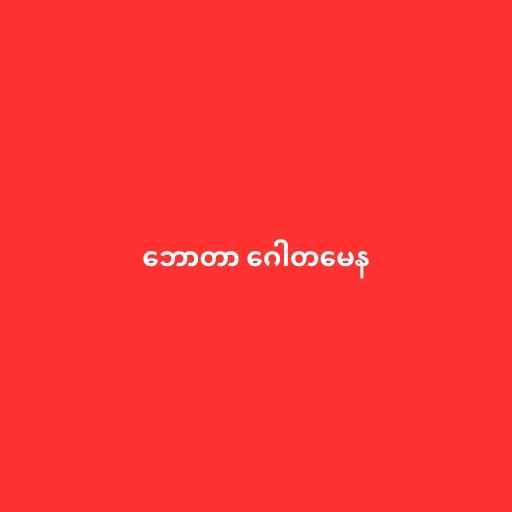
ဘောတာ ဂေါတမေန